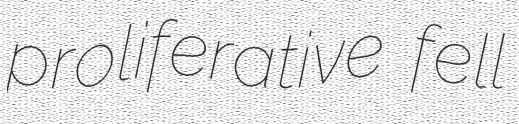
proliferative fell